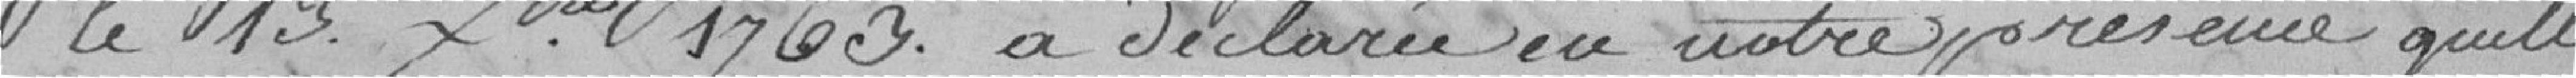
13 septembre 1763 a déclaré en notre présence qu'elle